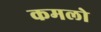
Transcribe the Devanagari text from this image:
कमलो